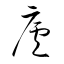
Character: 廬